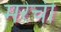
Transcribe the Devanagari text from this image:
मरेची